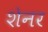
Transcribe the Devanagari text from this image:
शेनर